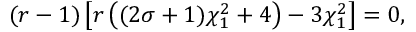
( r - 1 ) \left[ r \left( ( 2 \sigma + 1 ) \chi _ { 1 } ^ { 2 } + 4 \right) - 3 \chi _ { 1 } ^ { 2 } \right] = 0 ,